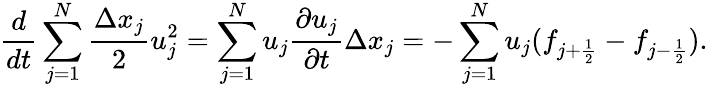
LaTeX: \frac{d}{dt}\sum_{j=1}^{N}\frac{\Delta x_{j}}{2}u_{j}^{2}=\sum_{j=1}^{N}u_{j}\frac{\partial u_{j}}{\partial t}\Delta x_{j}=-\sum_{j=1}^{N}u_{j}(f_{j+\frac{1}{2}}-f_{j-\frac{1}{2}}).